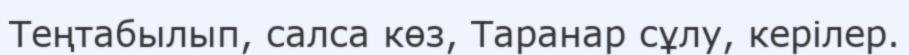
Теңтабылып, салса көз, Таранар сұлу, керілер.